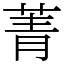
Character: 菁